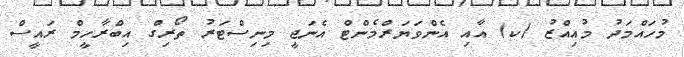
މުހައްމަދު މުއިއްޒު (ކ) އާއި އެންވަޔަރްމެންޓް އެނަޖީ މިނިސްޓަރު ތޯރިގް އިބްރާހީމް ރައީސް